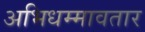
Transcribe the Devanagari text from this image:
अभिधम्मावतार